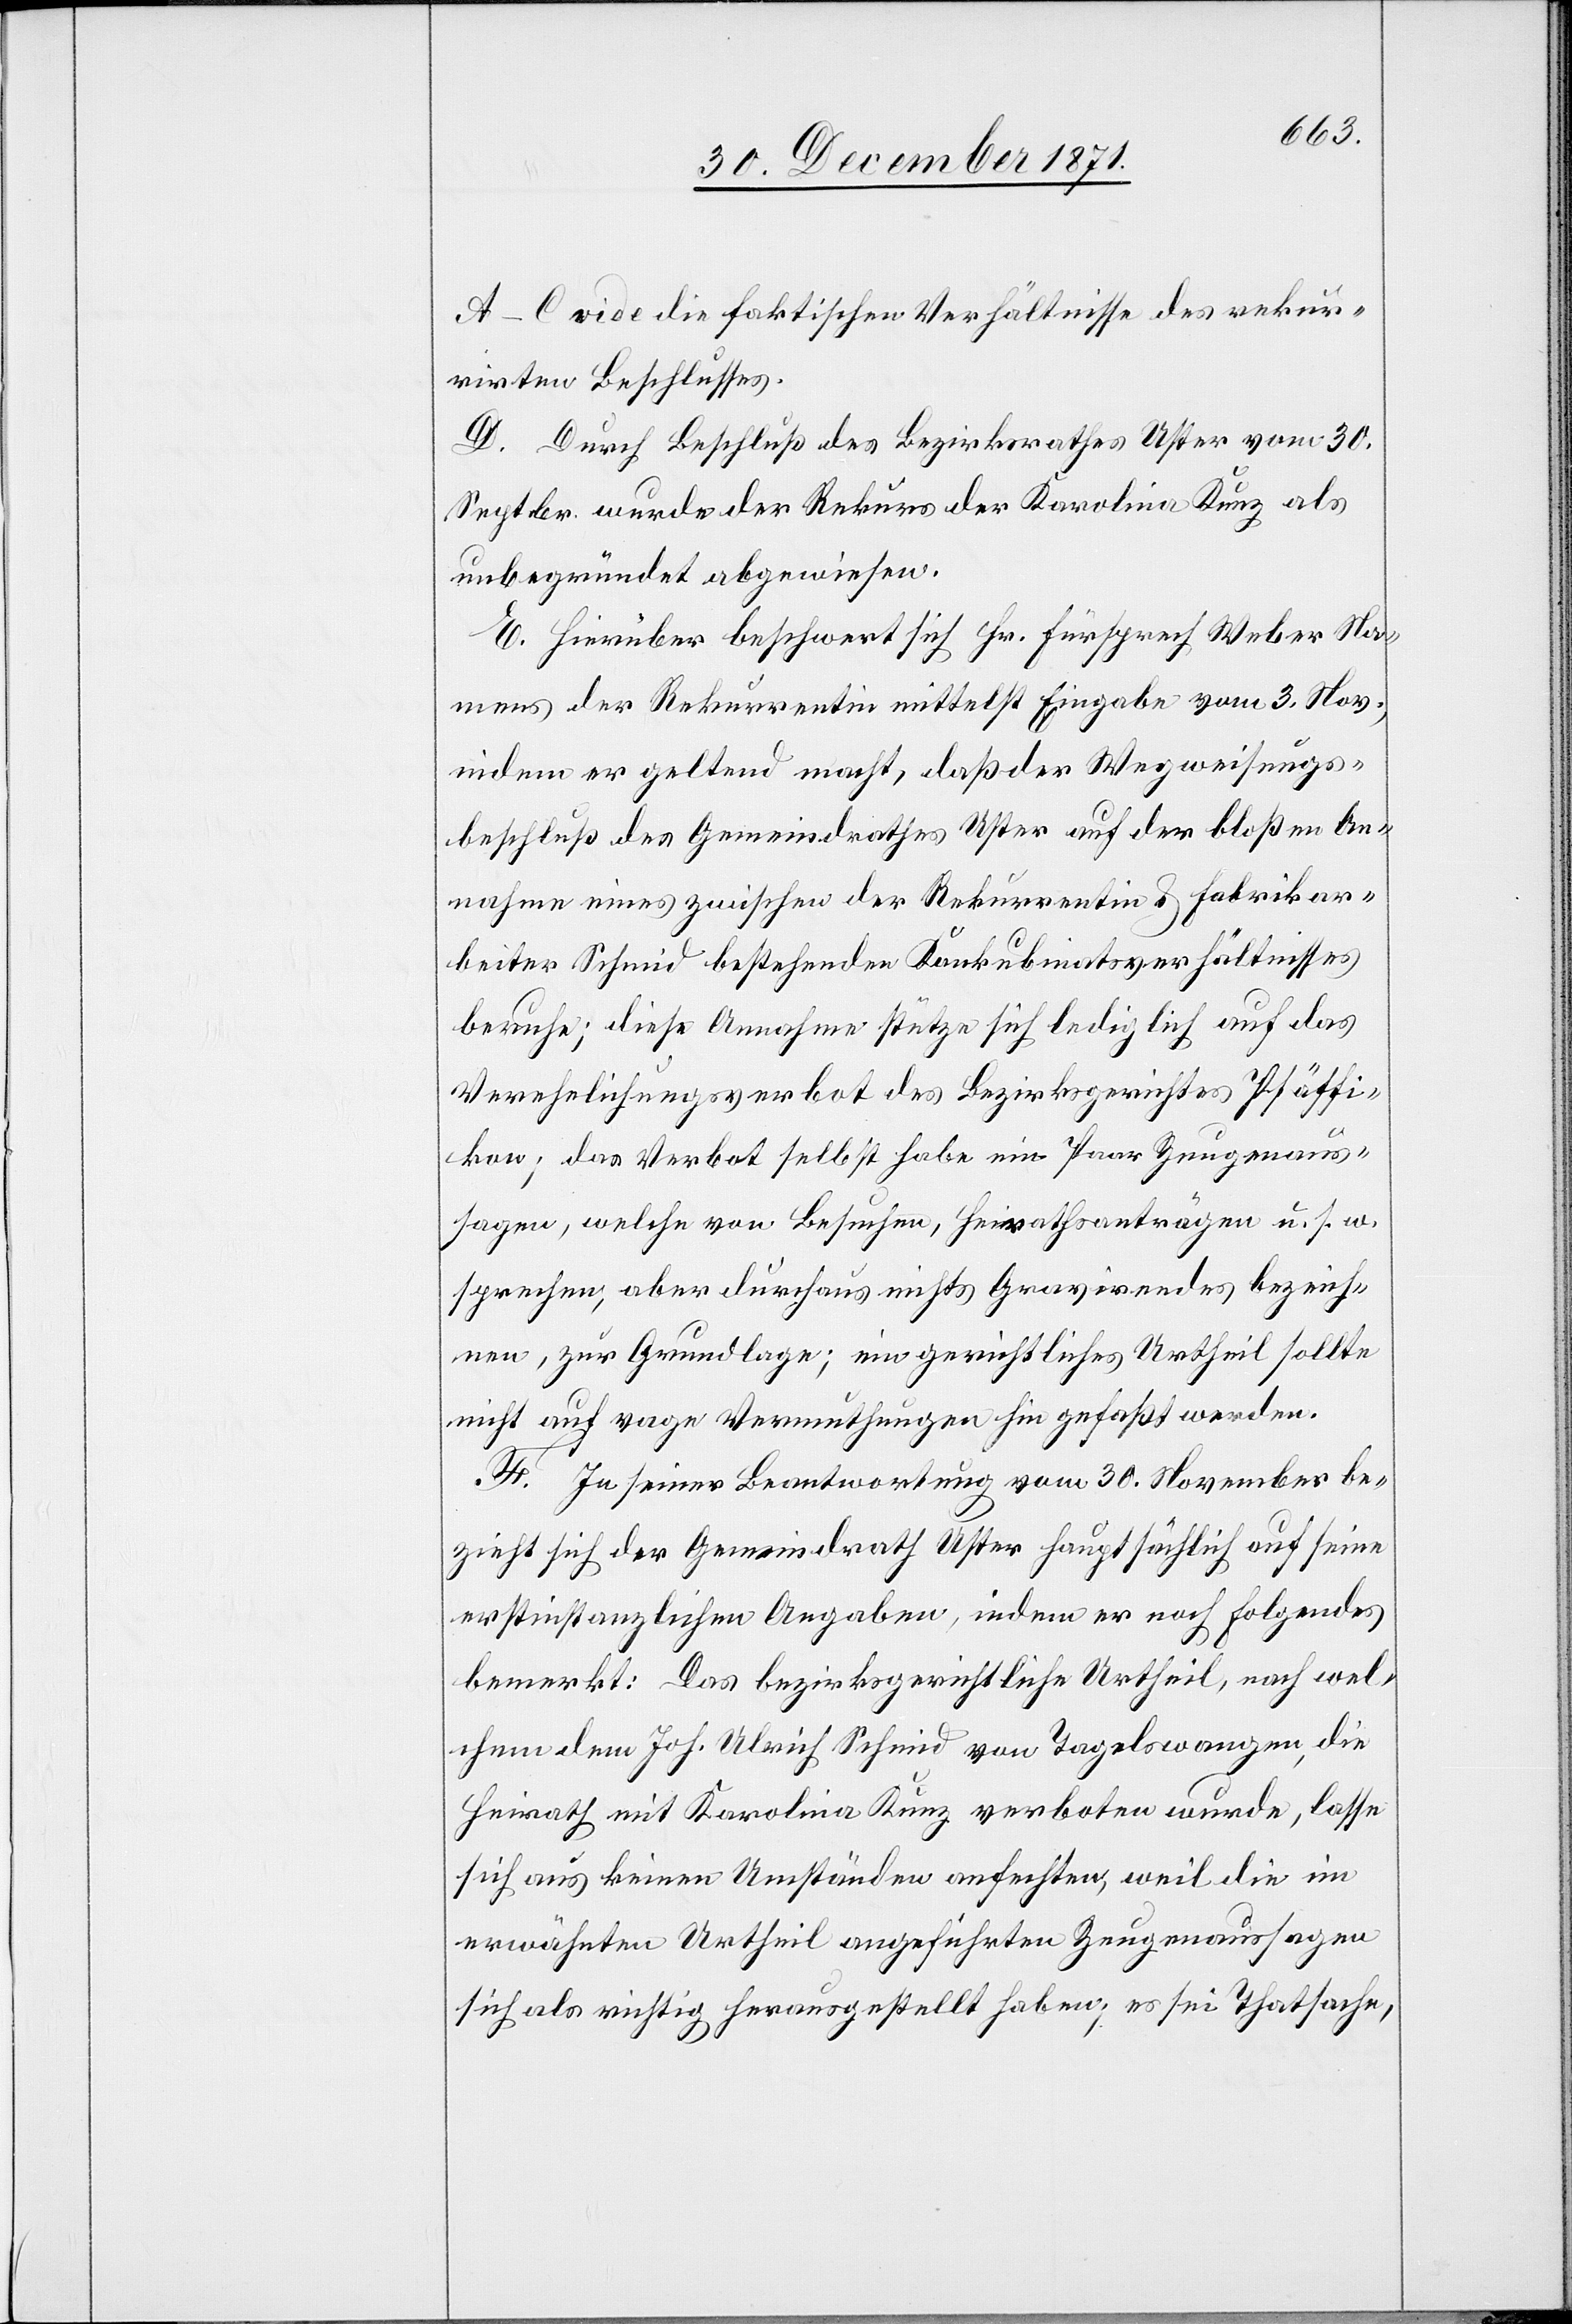
A–C vide die faktischen Verhältnisse des rekur¬
rirten Beschlusses.
D. Durch Beschluß des Bezirksrathes Uster vom 30.
Septbr. wurde der Rekurs der Karolina Kunz als
unbegründet abgewiesen.
E. Hierüber beschwert sich Hr. Fürsprech Weber Na¬
mens der Rekurrentin mittelst Eingabe vom 3. Nov.,
indem er geltend macht, daß der Wegweisungs¬
beschluß des Gemeindrathes Uster auf der bloßen An¬
nahme eines zwischen der Rekurrentin & Fabrikar¬
beiter Schmid bestehenden Konkubinatesverhältnisses
beruhe; diese Annahme stütze sich lediglich auf das
Verehelichungsverbot des Bezirksgerichtes Pfäffi¬
kon; das Verbot selbst habe ein paar Zeugenaus¬
sagen, welche von Besuchen, Heiratsanträgen u. s. w.
sprechen, aber durchaus nichts Gravirendes bezeich¬
nen, zur Grundlage; ein gerichtliches Urtheil sollte
nicht auf vage Vermuthungen hin gefaßt werden.
F. In seiner Beantwortung vom 30. November be¬
zieht sich der Gemeindrath Uster hauptsächlich auf seine
erstinstanzlichen Angaben, indem er noch folgendes
bemerkt: Das bezirksgerichtliche Urtheil, nach wel¬
chem dem Joh. Ulrich Schmid von Tagelswangen, die
Heirath mit Karolina Kunz verboten wurde, lasse
sich aus keinen Umständen anfechten, weil die im
erwähnten Urtheil angeführten Zeugenaussagen
sich als richtig herausgestellt haben, es sei Thatsache,